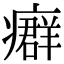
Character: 𤺽